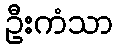
ဦးကံသာ